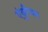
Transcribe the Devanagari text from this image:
एंथुरियम